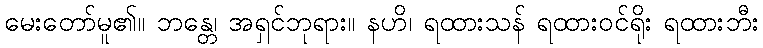
မေးတော်မူ၏။ ဘန္တေ၊ အရှင်ဘုရား။ နဟိ၊ ရထားသန် ရထားဝင်ရိုး ရထားဘီး